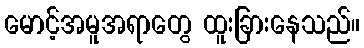
မောင့်အမူအရာတွေ ထူးခြားနေသည်။